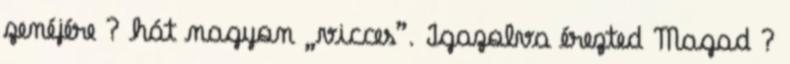
zenéjére ? hát nagyon „vicces”. Igazolva érezted Magad ?